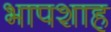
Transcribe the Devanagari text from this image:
भापशाह